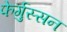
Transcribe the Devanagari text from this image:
फेर्गुस्सन